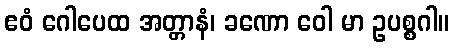
ဧဝံ ဂေါပေထ အတ္တာနံ၊ ခဏော ဝေါ မာ ဥပစ္စဂါ။